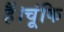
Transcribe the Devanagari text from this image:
हैं।चूंकि